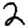
Digit: 2